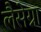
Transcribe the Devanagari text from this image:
लैसेग्ना